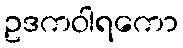
ဥဒကဝါရကော